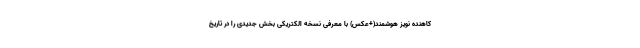
کاهنده نویز هوشمند(+عکس) با معرفی نسخه الکتریکی بخش جدیدی را در تاریخ